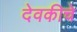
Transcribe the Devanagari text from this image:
देवकीचे